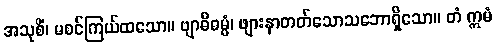
အသုစိံ၊ မစင်ကြယ်ထသော။ ဗျာဓိဓမ္မံ၊ ဖျားနာတတ်သောသဘောရှိသော။ တံ ဣမံ